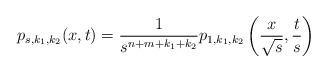
LaTeX: \begin{align*}p_{s,k_1,k_2}(x,t)= \frac{1}{s^{n+m+k_1+k_2}} p_{1,k_1,k_2}\left(\frac{x}{\sqrt{s}},\frac{t}{s}\right)\end{align*}